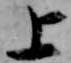
上